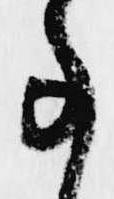
事